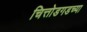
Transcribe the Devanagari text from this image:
चित्तोडगडच्या